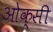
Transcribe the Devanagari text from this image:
ओक्सी